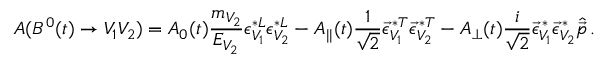
A ( B ^ { 0 } ( t ) \to V _ { 1 } V _ { 2 } ) = A _ { 0 } ( t ) \frac { m _ { V _ { 2 } } } { E _ { V _ { 2 } } } \epsilon _ { V _ { 1 } } ^ { * L } \epsilon _ { V _ { 2 } } ^ { * L } - A _ { | | } ( t ) \frac { 1 } { \sqrt { 2 } } \vec { \epsilon } _ { V _ { 1 } } ^ { \, * T } \vec { \epsilon } _ { V _ { 2 } } ^ { \, * T } - A _ { \bot } ( t ) \frac { i } { \sqrt { 2 } } \vec { \epsilon } _ { V _ { 1 } } ^ { \, * } \vec { \epsilon } _ { V _ { 2 } } ^ { \, * } \hat { \vec { p } } \, .